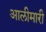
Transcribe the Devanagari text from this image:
आलीमारी